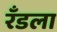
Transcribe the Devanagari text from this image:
रँडला